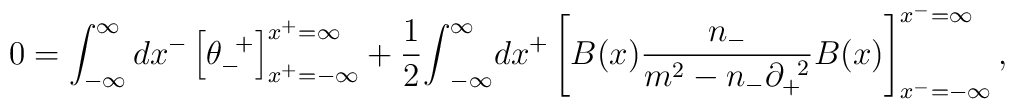
0=\int^{\infty}_{-{\infty}}dx^- \left[{\theta}_-^{\;\;+} \right]^{x^+={\infty}}_{x^+=-{\infty}} +\frac{1}{2}{\int}^{\infty}_{-{\infty}}dx^+ \left[ B(x)\frac{n_-}{m^2-n_-{\partial}_+^{\;\;2}}B(x)\right]^{x^-={\infty}}_{x^-=-{\infty}},